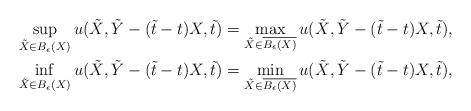
LaTeX: \begin{align*}\sup_{\tilde X\in{{B_\epsilon(X)}}}u(\tilde X,\tilde Y-(\tilde t-t)X,\tilde t)&=\max_{\tilde X\in\overline{B_\epsilon(X)}}u(\tilde X,\tilde Y-(\tilde t-t)X,\tilde t),\\\inf_{\tilde X\in{{B_\epsilon(X)}}}u(\tilde X,\tilde Y-(\tilde t-t)X,\tilde t)&=\min_{\tilde X\in\overline{B_\epsilon(X)}}u(\tilde X,\tilde Y-(\tilde t-t)X,\tilde t),\end{align*}